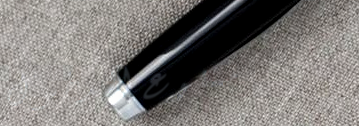
ممنوع الدخول